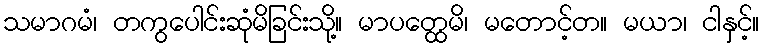
သမာဂမံ၊ တကွပေါင်းဆုံမိခြင်းသို့။ မာပတ္ထေမိ၊ မတောင့်တ။ မယာ၊ ငါနှင့်။